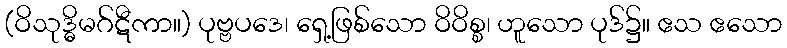
(ဝိသုဒ္ဓိမဂ်ဋီကာ။) ပုဗ္ဗပဒေ၊ ရှေ့ဖြစ်သော ဝိဝိစ္စ၊ ဟူသော ပုဒ်၌။ ဧသ ဧသော